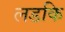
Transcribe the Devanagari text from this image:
लडकि